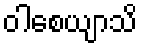
ဝါစေယျာသိ